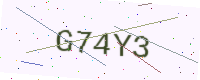
Text: G74Y3